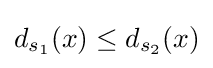
d_{s_{1}}(x)\leq d_{s_{2}}(x)